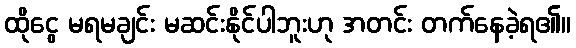
ထိုငွေ မရမချင်း မဆင်းနိုင်ပါဘူးဟု အတင်း တက်နေခဲ့ရ၏။